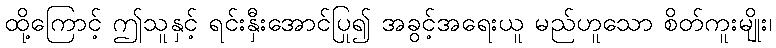
ထို့ကြောင့် ဤသူနှင့် ရင်းနှီးအောင်ပြု၍ အခွင့်အရေးယူ မည်ဟူသော စိတ်ကူးမျိုး၊